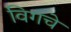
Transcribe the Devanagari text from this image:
विगचे